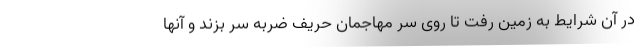
در آن شرایط به زمین رفت تا روی سر مهاجمان حریف ضربه سر بزند و آنها